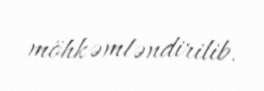
möhkəmləndirilib.